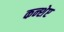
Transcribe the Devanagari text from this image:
कन्शेप्ट